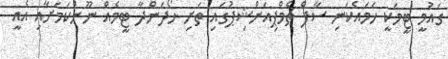
ގައުމީ ޓީމަކީ ހަމައެކަނި ސާފް ޗެމްޕިއަންޝިޕުގައި ތަށި ހޯދަންދާ ޓީމެއް ނޫންކަމަށާއި އެއީ